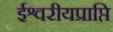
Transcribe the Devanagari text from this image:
ईश्वरीयप्राप्ति